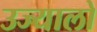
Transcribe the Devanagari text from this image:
उज्यालो